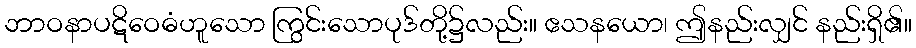
ဘာဝနာပဋိဝေဓံဟူသော ကြွင်းသောပုဒ်တို့၌လည်း။ ဧသနယော၊ ဤနည်းလျှင် နည်းရှိ၏။